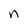
Character: n